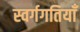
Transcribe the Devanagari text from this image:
स्वर्गगतियाँ